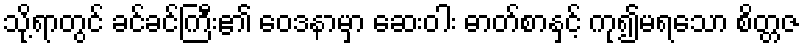
သို့ရာတွင် ခင်ခင်ကြီး၏ ဝေဒနာမှာ ဆေးဝါး ဓာတ်စာနှင့် ကု၍မရသော စိတ္တဇ